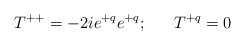
\begin{align*}T^{++}=-2ie^{+q}e^{+q};\ \ \ \ \ T^{+q}=0\end{align*}